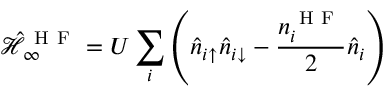
\mathcal { \hat { H } } _ { \infty } ^ { \mathrm { ~ H ~ F ~ } } = U \sum _ { i } \left( \hat { n } _ { i \uparrow } \hat { n } _ { i \downarrow } - \frac { n _ { i } ^ { \mathrm { ~ H ~ F ~ } } } { 2 } \hat { n } _ { i } \right)